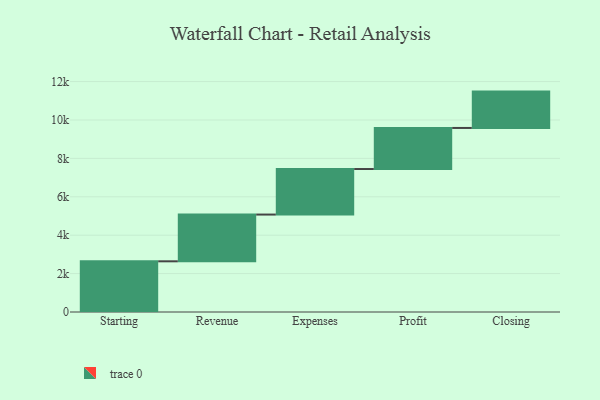
{"axis": {"x": "Step", "y": "Value"}, "legend": [""], "data": [{"x": "Starting", "y": 2640.0, "type": ""}, {"x": "Revenue", "y": 2435.0, "type": ""}, {"x": "Expenses", "y": 2371.0, "type": ""}, {"x": "Profit", "y": 2140.0, "type": ""}, {"x": "Closing", "y": 1893.0, "type": ""}]}